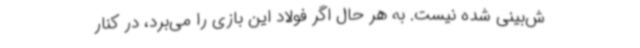
ش‌بینی شده نیست. به هر حال اگر فولاد این بازی را می‌برد، در کنار